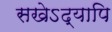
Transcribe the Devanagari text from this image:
सखेऽद्यापि